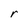
Character: r